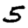
Digit: 5